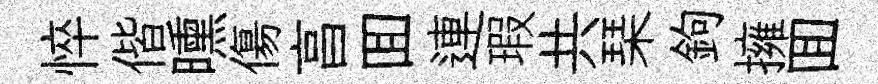
悴偕曛傷亯囬連瑕共琹鉤擁囬